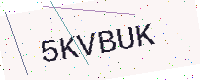
Text: 5KVBUK